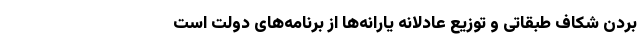
بردن شکاف طبقاتی و توزیع عادلانه یارانه‌ها از برنامه‌های دولت است